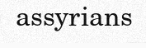
assyrians